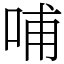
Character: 哺